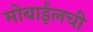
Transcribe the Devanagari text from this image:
मोबाईलची